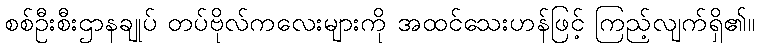
စစ်ဦးစီးဌာနချုပ် တပ်ဗိုလ်ကလေးများကို အထင်သေးဟန်ဖြင့် ကြည့်လျက်ရှိ၏။